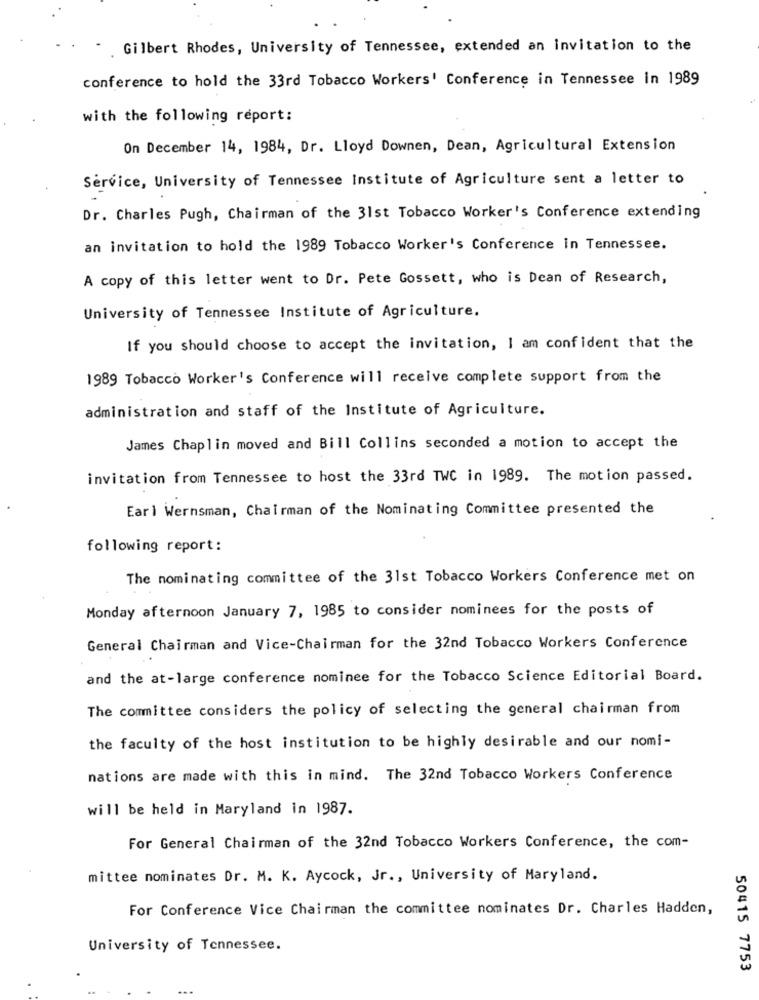
Gilbert Rhodes, University of Tennessee, extended an invitation to the
conference to hold the 33rd Tobacco Workers' Conference in Tennessee in 1989
with the following report:
On December 14, 1984, Dr. Lloyd Downen, Dean, Agricultural Extension
Service, University of Tennessee Institute of Agriculture sent a letter to
Dr. Charles Pugh, Chairman of the 31st Tobacco Worker's Conference extending
an invitation to hold the 1989 Tobacco Worker's Conference in Tennessee.
A copy of this letter went to Dr. Pete Gossett, who is Dean of Research,
University of Tennessee Institute of Agriculture.
If you should choose to accept the invitation, I am confident that the
1989 Tobacco Worker's Conference will receive complete support from the
administration and staff of the Institute of Agriculture.
James Chaplin moved and Bill Collins seconded a motion to accept the
invitation from Tennessee to host the 33rd TWC in 1989. The motion passed.
Earl Wernsman, Chairman of the Nominating Committee presented the
following report:
The nominating committee of the 31st Tobacco Workers Conference met on
Monday afternoon January 7, 1985 to consider nominees for the posts of
General Chairman and Vice-Chairman for the 32nd Tobacco Workers Conference
and the at-large conference nominee for the Tobacco Science Editorial Board.
The committee considers the policy of selecting the general chairman from
the faculty of the host institution to be highly desirable and our nomi-
nations are made with this in mind. The 32nd Tobacco Workers Conference
will be held in Maryland in 1987.
For General Chairman of the 32nd Tobacco Workers Conference, the com-
mittee nominates Dr. M. K. Aycock, Jr ., University of Maryland.
For Conference Vice Chairman the committee nominates Dr. Charles Hadden,
University of Tennessee.
50415 7753